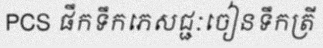
PCS ផឹកទឹកភេសជ្ជៈចៀនទឹកត្រី